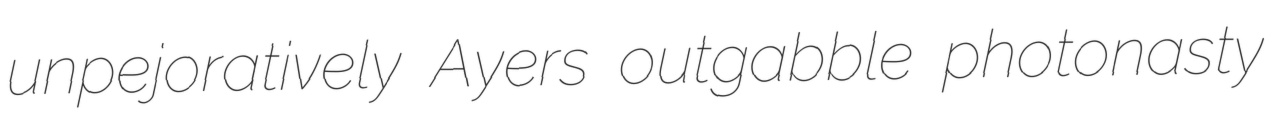
unpejoratively Ayers outgabble photonasty